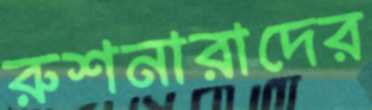
রুশনারাদের